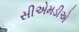
સીએમડીએ